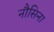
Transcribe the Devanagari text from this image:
नौसिना